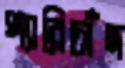
প্যারিচাঁদ